Punjab Mental Hospital Lahore 1922-31 - 1922-1931
Year: 1922
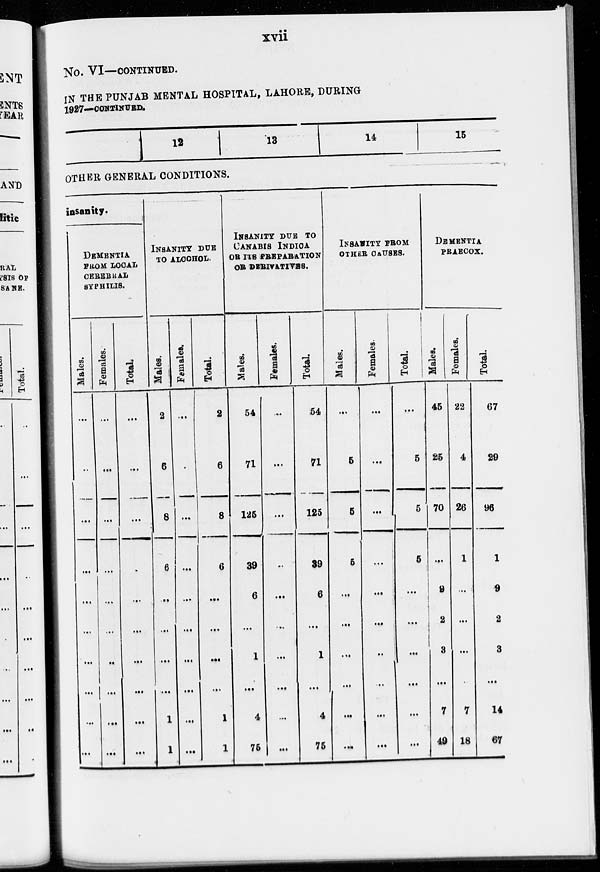
xvii
No. VI—CONTINUED.
IN THE PUNJAB MENTAL HOSPITAL, LAHORE, DURING
1927-CONTINUED.
12
13
14
15
OTHER GENERAL CONDITIONS.
insanity.
DEMENTIA
FROM LOCAL
CEREBRAL
SYPHILIS.
Males.
...
...
...
...
...
...
...
...
...
...
Females.
...
...
...
...
...
...
..
...
...
...
Total.
...
...
...
...
...
...
...
...
...
...
INSANITY DUE
TO ALCOHOL.
Males.
2
6
8
6
...
...
...
...
1
1
Females.
...
...
...
...
...
...
...
...
...
...
Total.
2
6
8
6
...
...
...
...
1
1
INSANITY DUE TO
CANABIS INDICA
OR ITS PREPARATION
OR DERIVATIVES.
Males.
54
71
125
39
6
...
1
...
4
75
Females.
...
...
...
...
...
...
...
...
...
...
Total.
54
71
125
39
6
...
1
...
4
75
INSANITY FROM
OTHER CAUSES.
Males.
...
5
5
5
...
...
...
...
...
...
Females.
...
...
...
...
...
...
...
...
...
...
Total.
...
5
5
5
...
...
...
...
...
...
DEMENTIA
PRAECOX.
Males.
45
25
70
...
9
2
3
...
7
49
Females.
22
4
26
1
...
...
...
...
7
18
Total.
67
29
96
1
9
2
3
...
14
67